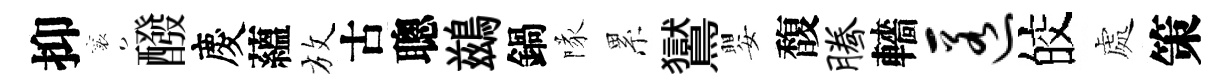
抑襄醱慶蘊放古聰鷀鍋隊累鸑嬰馥腾轖匿皎處策